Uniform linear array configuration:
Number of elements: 32
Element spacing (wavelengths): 0.5
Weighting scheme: binomial
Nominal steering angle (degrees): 60
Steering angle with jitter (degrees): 59.441
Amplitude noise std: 0.05
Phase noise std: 0.05

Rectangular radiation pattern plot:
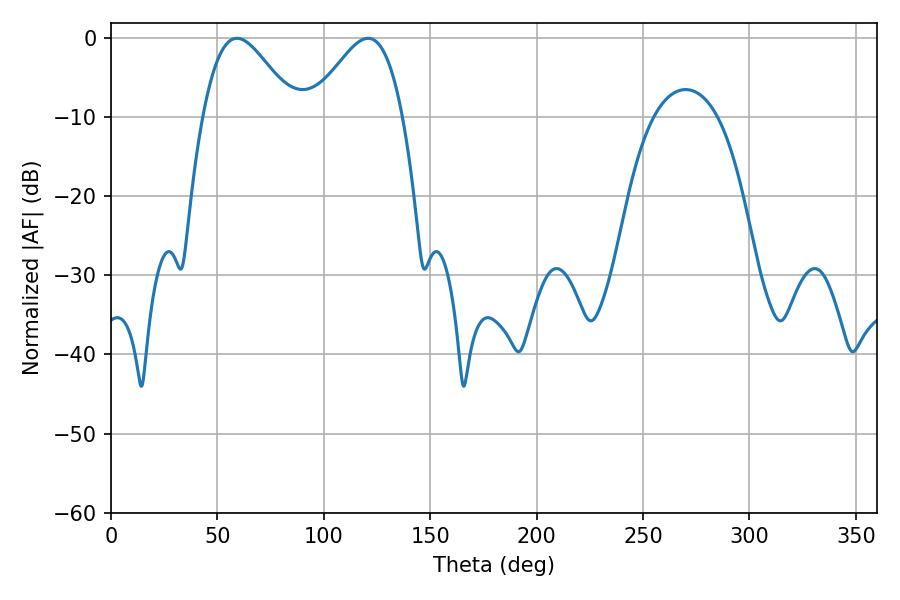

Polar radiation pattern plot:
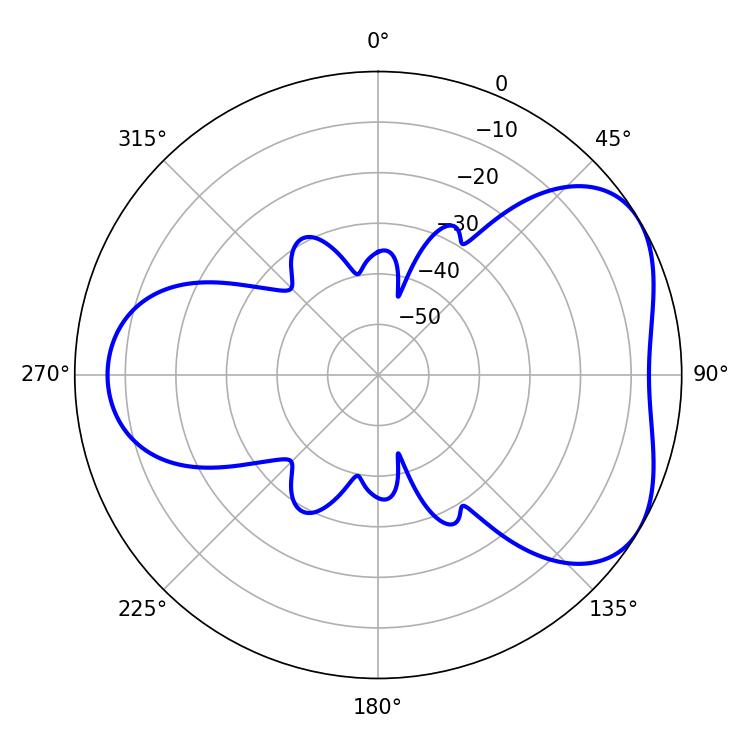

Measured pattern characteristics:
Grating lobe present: FALSE
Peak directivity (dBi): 4.674
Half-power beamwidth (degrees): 22.86
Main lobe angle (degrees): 59.22